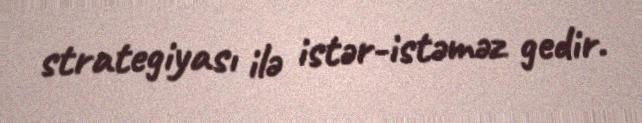
strategiyası ilə istər-istəməz gedir.